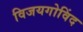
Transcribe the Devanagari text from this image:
विजयगोविंद